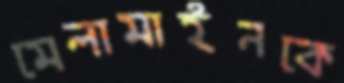
মেলামাইনকে